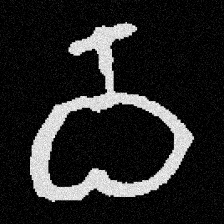
Pyu character \u2014 Myanmar letter: ဝ (romanized: wa)